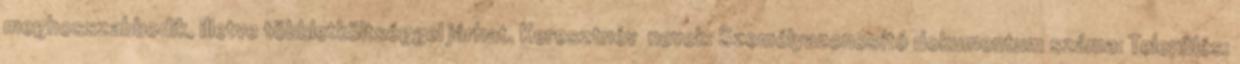
meghosszabbodik, illetve többletköltséggel járhat. Keresztnév nevek: Személyazonosító dokumentum száma: Település: